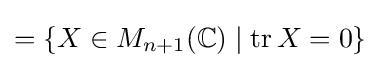
=\{X\in M_{n+1}(\mathbb {C} )\mid \operatorname {tr} X=0\}